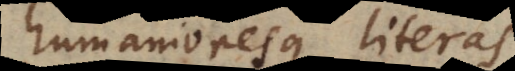
humanioresque literas